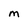
Character: M